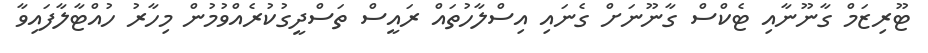
ޓޫރިޒަމް ގާނޫނާއި ޓެކްސް ގާނޫނަށް ގެނައި އިސްލާހުތައް ރައީސް ތަސްދީގުކުރެއްވުމުން މިހާރު ހުއްޓާލާފައިވާ